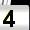
Digit: 4